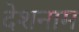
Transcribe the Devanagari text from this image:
देशनाम